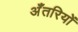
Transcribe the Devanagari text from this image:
अँतरियों